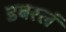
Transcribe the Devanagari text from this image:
डबरलं